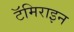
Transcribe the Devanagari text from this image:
टॅमिराइन